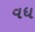
વધ